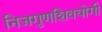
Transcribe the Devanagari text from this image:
निजगुणशिवयोगी